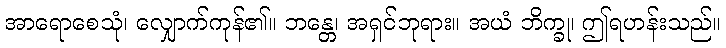
အာရောစေသုံ၊ လျှောက်ကုန်၏။ ဘန္တေ၊ အရှင်ဘုရား။ အယံ ဘိက္ခု၊ ဤရဟန်းသည်။